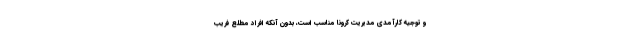
و توجیه کارآمدی مدیریت کرونا مناسب است، بدون آنکه افراد مطلع فریب